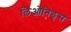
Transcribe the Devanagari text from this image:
लिओनिड्‌स